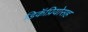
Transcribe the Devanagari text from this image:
डिकॅप्रियोसह